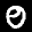
Label: 0